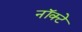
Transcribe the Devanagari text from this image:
नॉक्टे